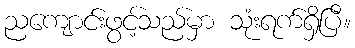
ညကျောင်းဖွင့်သည်မှာ သုံးရက်ရှိပြီ။